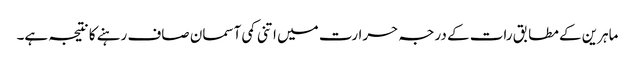
ماہرین کے مطابق رات کے درجہ حرارت میں اتنی کمی آسمان صاف رہنے کا نتیجہ ہے۔